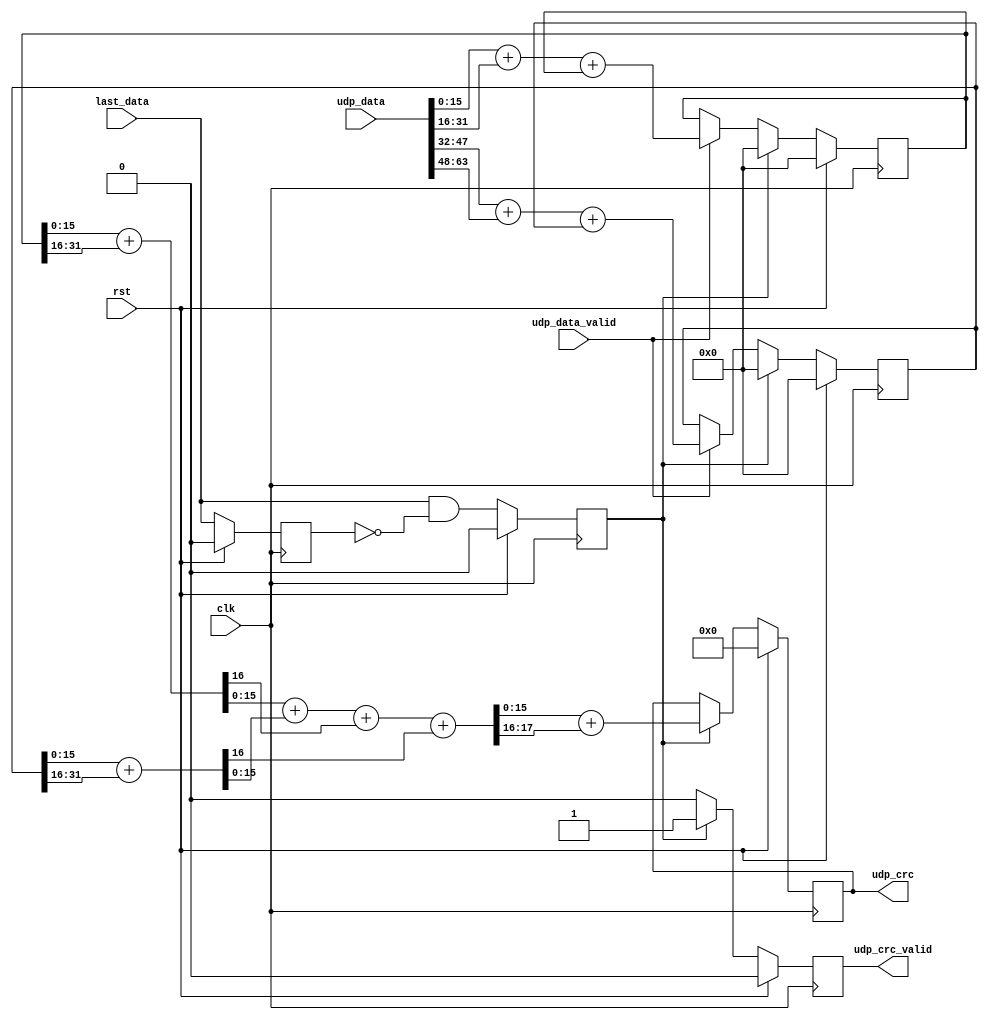
// This program was cloned from: https://github.com/alknvl/axis_udp
// License: MIT License

`timescale 1ns / 1ps

module payload_crc_acc(

   input    wire        clk,
   input    wire        rst,
   input    wire [63:0] udp_data,
   input    wire        udp_data_valid,
   input    wire        last_data,
   output   reg[15:0]   udp_crc,
   output   reg         udp_crc_valid

);

   reg  [31:0] sum_a;
   reg  [31:0] sum_b;
   wire [16:0] result_a;
   wire [16:0] result_b;
   wire [17:0] result;
   reg         last_reg;
   reg         last_detect;

   always @(posedge clk) begin
      if (rst) begin
         sum_a    <= 0;
         sum_b    <= 0;
         udp_crc <= 0;
         udp_crc_valid <= 0;
      end
      else begin
         if (udp_data_valid) begin
            sum_a <= udp_data[15:0] + udp_data[31:16] + sum_a;
            sum_b <= udp_data[47:32] + udp_data[63:48] + sum_b;
         end
         if (last_detect) begin
            udp_crc <= (result[15:0] + result[17:16]);
            udp_crc_valid <= 1;
            sum_a <=0;
            sum_b <=0;
         end
         else udp_crc_valid <= 0;
      end
   end
   
   assign result_a = (sum_a[15:0] + sum_a[31:16]);
   assign result_b = (sum_b[15:0] + sum_b[31:16]);
   assign result = result_a[15:0] + result_b[15:0] + result_a[16] + result_b[16];
   
   always @(posedge clk) begin 
       if (rst) begin
           last_reg <= 0;
           last_detect <= 0;
       end else begin
         last_reg <= last_data;
         last_detect <= last_data & !last_reg;
      end
   end
   
   
endmodule